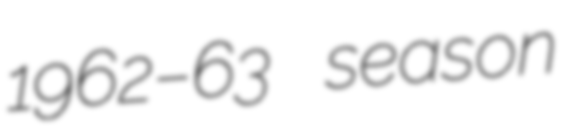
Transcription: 1962–63 season